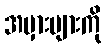
အမှားများကို